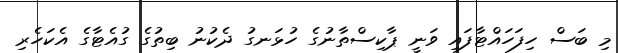
މި ބަސް ހިފަހައްޓާފައި ވަނީ ޕާކިސްތާނުގެ ހުޅަނގު ދެކުނު ބިތުގެ ގުއެޓާގެ އެކަހެރި